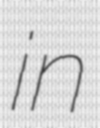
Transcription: in